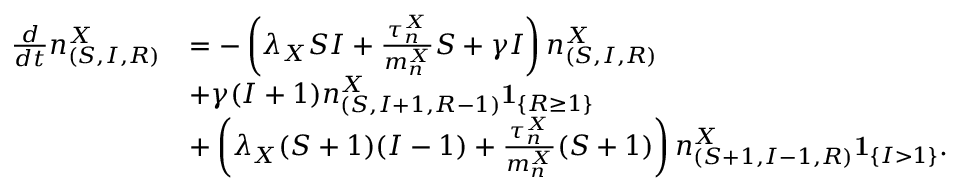
\begin{array} { r l } { \frac { d } { d t } n _ { ( S , I , R ) } ^ { X } } & { = - \left( \lambda _ { X } S I + \frac { \tau _ { n } ^ { X } } { m _ { n } ^ { X } } S + \gamma I \right) n _ { ( S , I , R ) } ^ { X } } \\ & { + \gamma ( I + 1 ) n _ { ( S , I + 1 , R - 1 ) } ^ { X } \mathbf { 1 } _ { \left\{ R \geq 1 \right\} } } \\ & { + \left( \lambda _ { X } ( S + 1 ) ( I - 1 ) + \frac { \tau _ { n } ^ { X } } { m _ { n } ^ { X } } ( S + 1 ) \right) n _ { ( S + 1 , I - 1 , R ) } ^ { X } \mathbf { 1 } _ { \left\{ I > 1 \right\} } . } \end{array}